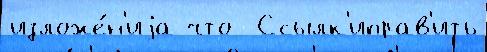
изложе́н'иjа что  Ссылк'иправ'ить